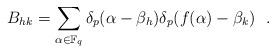
LaTeX: \begin{align*} B_{hk} = \sum_{\alpha \in \mathbb F_q} \delta_p(\alpha-\beta_h) \delta_p(f(\alpha)-\beta_k) ~~. \end{align*}